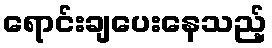
ရောင်းချပေးနေသည့်